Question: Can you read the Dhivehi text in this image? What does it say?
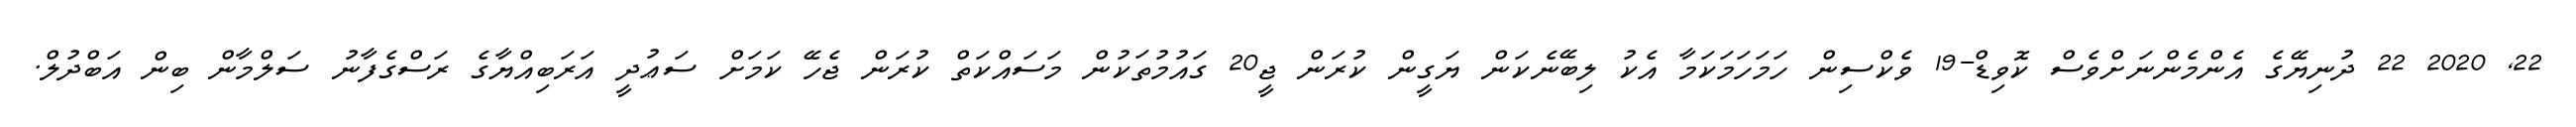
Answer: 22, 2020 22 ދުނިޔޭގެ އެންމެންނަށްވެސް ކޮވިޑް-19 ވެކްސިން ހަމަހަމަކަމާ އެކު ލިބޭނެކަން ޔަގީން ކުރަން ޖީ20 ގައުމުތަކުން މަސައްކަތް ކުރަން ޖެހޭ ކަމަށް ސަޢުދީ އަރަބިއްޔާގެ ރަސްގެފާނު ސަލްމާން ބިން އަބްދުލް.